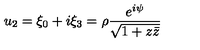
u _ { 2 } = \xi _ { 0 } + i \xi _ { 3 } = \rho \frac { e ^ { i \psi } } { \sqrt { 1 + z \bar { z } } }